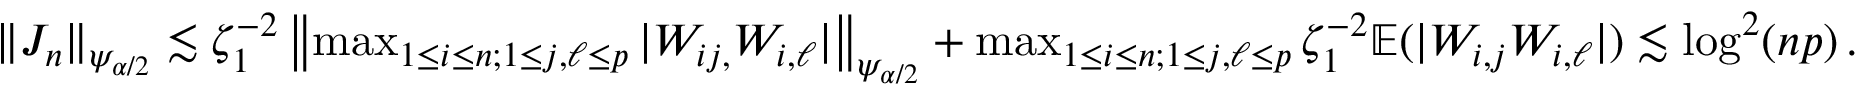
\begin{array} { r } { \| J _ { n } \| _ { \psi _ { \alpha / 2 } } \lesssim \zeta _ { 1 } ^ { - 2 } \left\| \operatorname* { m a x } _ { 1 \leq i \leq n ; 1 \leq j , \ell \leq p } | W _ { i j , } W _ { i , \ell } | \right\| _ { \psi _ { \alpha / 2 } } + \operatorname* { m a x } _ { 1 \leq i \leq n ; 1 \leq j , \ell \leq p } \zeta _ { 1 } ^ { - 2 } { \mathbb { E } } ( | W _ { i , j } W _ { i , \ell } | ) \lesssim \log ^ { 2 } ( n p ) \, . } \end{array}